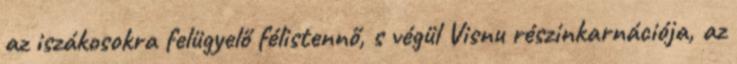
az iszákosokra felügyelő félistennő, s végül Visnu részinkarnációja, az